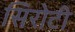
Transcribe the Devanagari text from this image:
सिरोटी